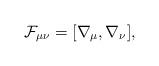
LaTeX: \begin{align*}{\cal F}_{\mu\nu} = [\nabla_\mu, \nabla_\nu],\end{align*}